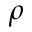
\rho